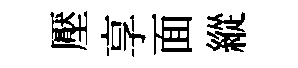
壓享面縱